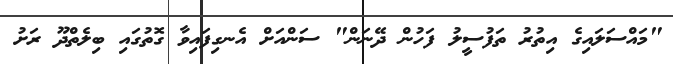
"މައްސަލައިގެ އިތުރު ތަފުސީލު ފަހުން ދޭނަން" ސަންއަށް އެނގިފައިވާ ގޮތުގައި ބިލެތްދޫ ރަށު